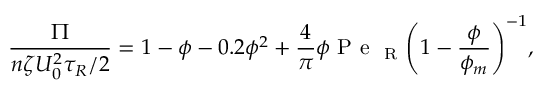
\frac { \Pi } { n \zeta U _ { 0 } ^ { 2 } \tau _ { R } / 2 } = 1 - \phi - 0 . 2 \phi ^ { 2 } + \frac { 4 } { \pi } \phi \mathrm { ~ P ~ e ~ } _ { \mathrm { ~ R ~ } } \mathopen { } \mathclose \bgroup \mathopen { } \mathclose \bgroup \mathopen { } \mathclose \bgroup \mathopen { } \mathclose \bgroup \mathopen { } \mathclose \bgroup \mathopen { } \mathclose \bgroup \mathopen { } \mathclose \bgroup \mathopen { } \mathclose \bgroup \mathopen { } \mathclose \bgroup \mathopen { } \mathclose \bgroup \left( 1 - \frac { \phi } { \phi _ { m } } \aftergroup \egroup \aftergroup \egroup \aftergroup \egroup \aftergroup \egroup \aftergroup \egroup \aftergroup \egroup \aftergroup \egroup \aftergroup \egroup \aftergroup \egroup \aftergroup \egroup \right) ^ { - 1 } ,